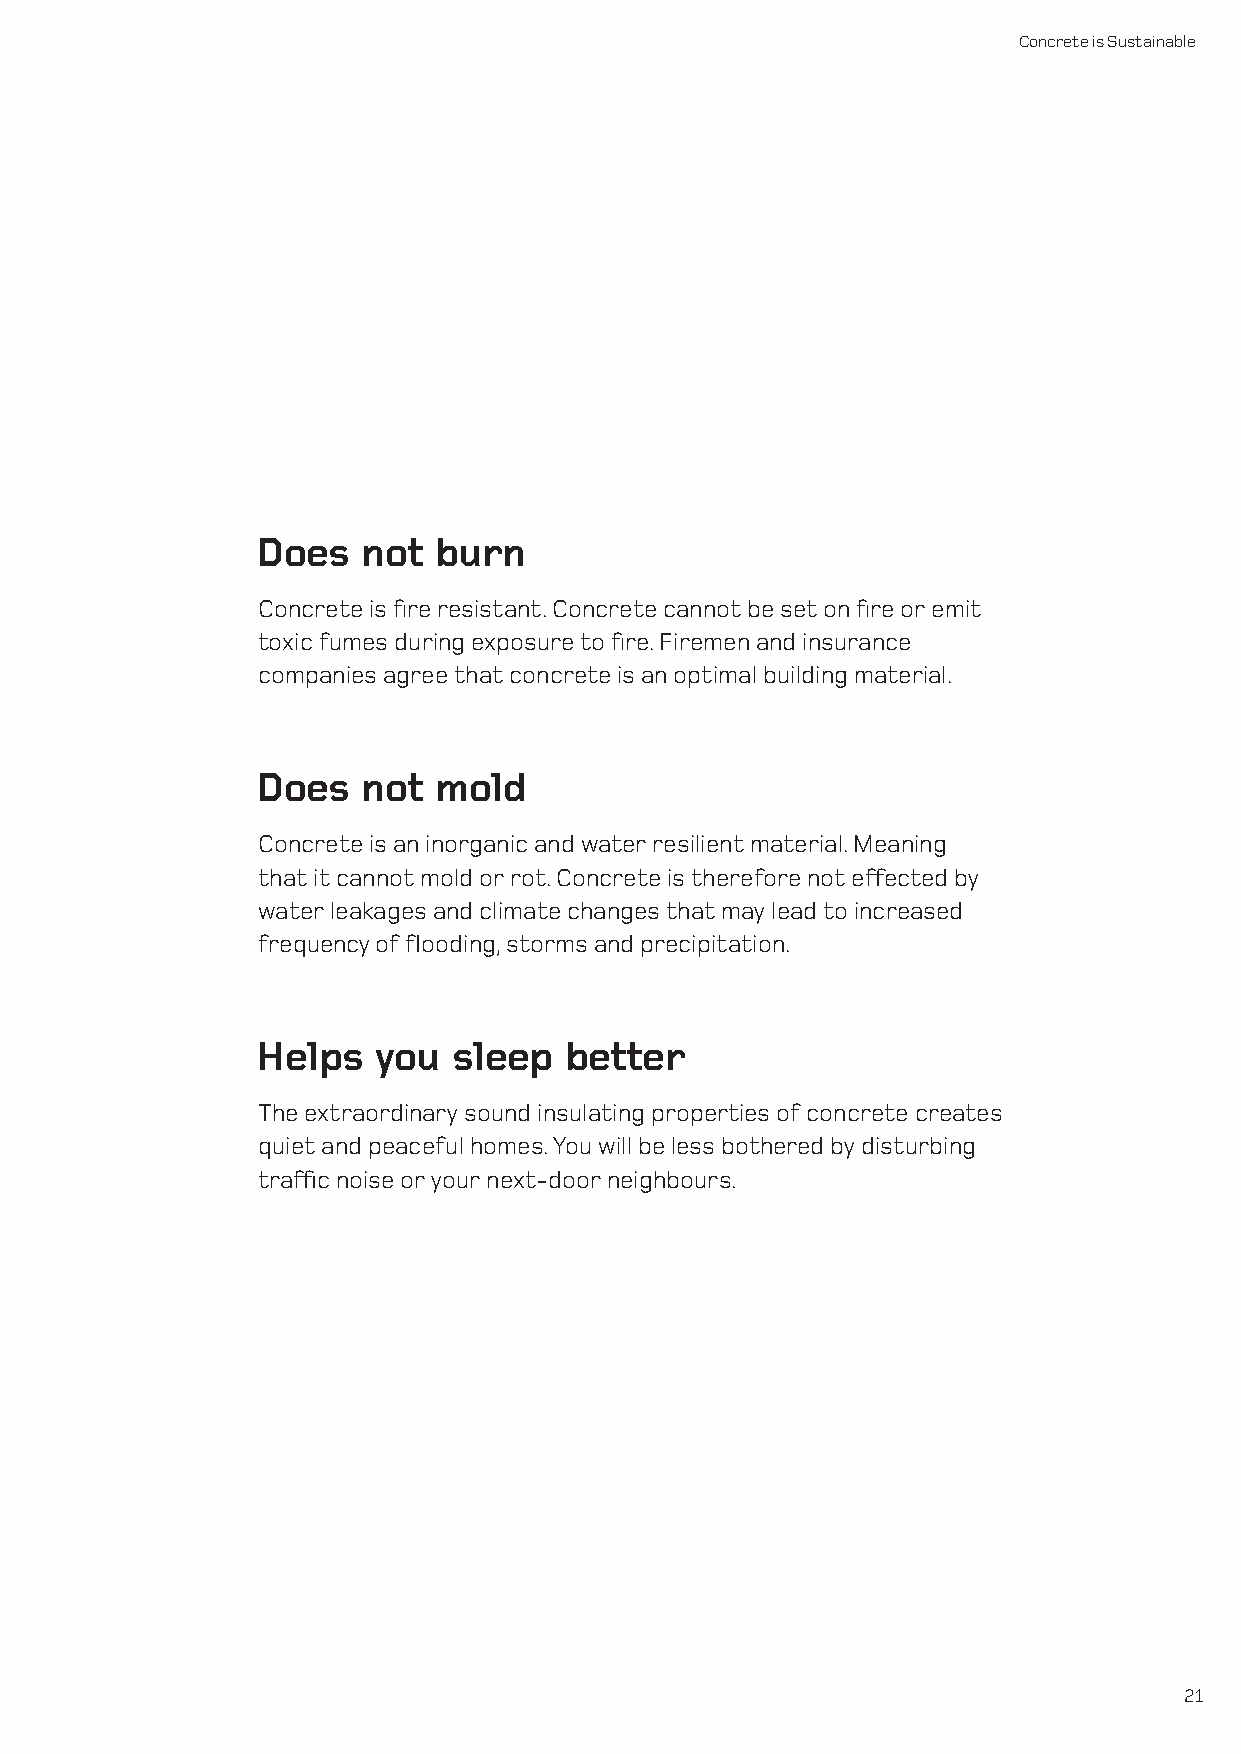
Concrete is Sustainable
 D oes  not  burn
 Concrete is fire resistant. Concrete cannot be set on fire or emit
 toxic fumes during exposure to fire. Firemen and insurance
 companies agree that concrete is an optimal building material.
 D oes  not  mold
 Concrete is an inorganic and water resilient material. Meaning
 that it cannot mold or rot. Concrete is therefore not effected by
 water leakages and climate changes that may lead to increased
 frequency of flooding, storms and precipitation.
 H elps  you  sleep  better
 The extraordinary sound insulating properties of concrete creates
 quiet and peaceful homes. You will be less bothered by disturbing
 traffic noise or your next-door neighbours.
 21